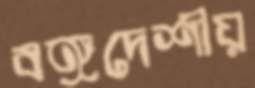
বঙ্গদেশীয়